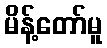
မိန့်တော်မူ